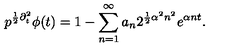
p ^ { { \frac { 1 } { 2 } } \partial _ { t } ^ { 2 } } \phi ( t ) = 1 - \sum _ { n = 1 } ^ { \infty } a _ { n } 2 ^ { { \frac { 1 } { 2 } } \alpha ^ { 2 } n ^ { 2 } } e ^ { \alpha n t } .